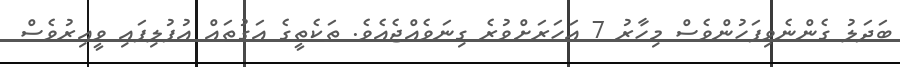
ބަދަލު ގެންނެވިފަހުންވެސް މިހާރު 7 އަހަރަށްވުރެ ގިނަވެއްޖެއެވެ. ތަކެތީގެ އަގުތައް އުފުލިފައި ވީއިރުވެސް